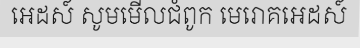
អេដស៍ សូមមើលជំពូក មេរោគអេដស៍